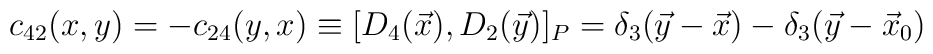
c_{42}(x,y) = - c_{24}(y,x) \equiv [D_{4}(\vec{x}), D_{2}(\vec{y})]_{P}= \delta_{3}(\vec{y} - \vec{x}) - \delta_{3}(\vec{y} - \vec{x}_{0})